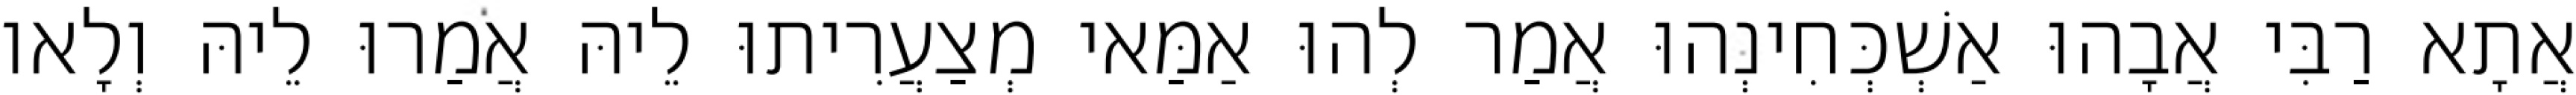
אֲתָא רַבִּי אֲבָהוּ אַשְׁכְּחִינְהוּ אֲמַר לְהוּ אַמַּאי מְצַעֲרִיתוּ לֵיהּ אֲמַרוּ לֵיהּ וְלָאו